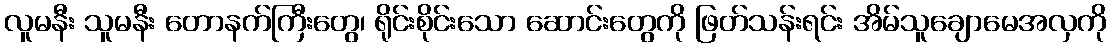
လူမနီး သူမနီး တောနက်ကြီးတွေ၊ ရိုင်းစိုင်းသော ဆောင်းတွေကို ဖြတ်သန်းရင်း အိမ်သူချောမေအလှကို